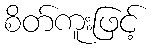
စိတ်ကူးဖြင့်